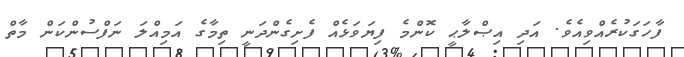
ފާހަގަކުރެއްވިއެވެ. އަދި އިޞްލާޙީ ކޮންމެ ފިޔަވަޅެއް ފެށިގެންދަނީ ތިމާގެ އަމިއްލަ ނަފްސުންކަން މާތް